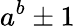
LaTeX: a^{b}\pm 1